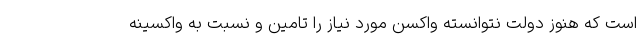
است که هنوز دولت نتوانسته واکسن مورد نیاز را تامین و نسبت به واکسینه